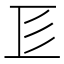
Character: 𢒅